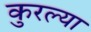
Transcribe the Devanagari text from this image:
कुरल्या